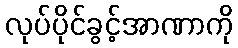
လုပ်ပိုင်ခွင့်အာဏာကို